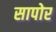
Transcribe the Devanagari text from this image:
सापोर